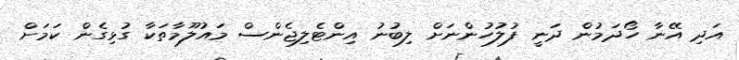
އަދި އޭނާ ހޯދަމުން ދަނީ ފުލުހުންނަށް ލިބުނު އިންޓެލިޖެންސް މައުލޫމާތަކާ ގުޅިގެން ކަމަށް